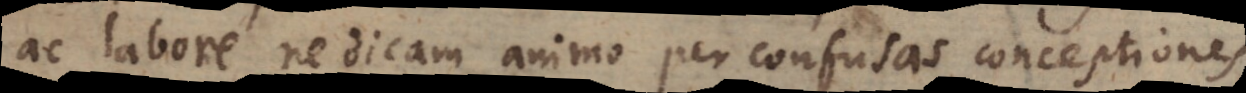
ac labore, ne dicam animo per confusas conceptiones